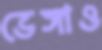
ভেঙ্গাও